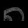
Digit: ၈